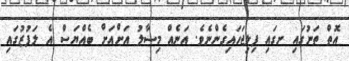
އޮތް ތަނުގައި ށގައި ފިލިޖަހައިގެންނެވެ. އަނެއް މިސާލު އަށްއަށް ބެއްޔަސް އެ ލަފުޒުގައި